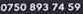
0750 893 74 59